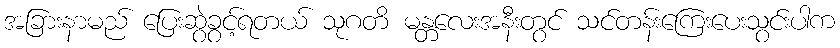
အခြားနာမည် ပြေးဆွဲခွင့်ရတယ် သုဂတိ မန္တလေးအနီးတွင် သင်တန်းကြေးပေးသွင်းပါက